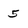
Character: 5